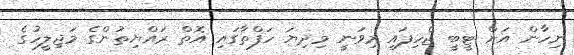
ނިހާން އަށް ޓީބީ ޖެހިފައި މިވަނީ މިދިޔަ ހަފްތާގައި އޮތް ރައްޔިތުންގެ މަޖިލީހުގެ